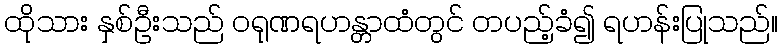
ထိုသား နှစ်ဦးသည် ဝရုဏရဟန္တာထံတွင် တပည့်ခံ၍ ရဟန်းပြုသည်။